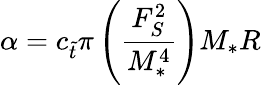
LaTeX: \alpha=c_{\tilde{t}}\pi\left(\frac{F_{S}^{2}}{M_{\ast}^{4}}\right)M_{\ast}R